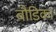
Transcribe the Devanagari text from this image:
बौडिका